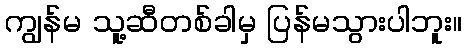
ကျွန်မ သူ့ဆီတစ်ခါမှ ပြန်မသွားပါဘူး။